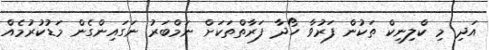
އަދި މި ކްލިނިކް ތަކުން ފަރުވާ ހޯދާ ފަރާތްތަކަށް ނަމްބަރު ނަގައިންގެން މަޑުކުރުމެއް